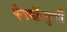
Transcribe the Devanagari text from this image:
ऐश्वर्योन्मुखी